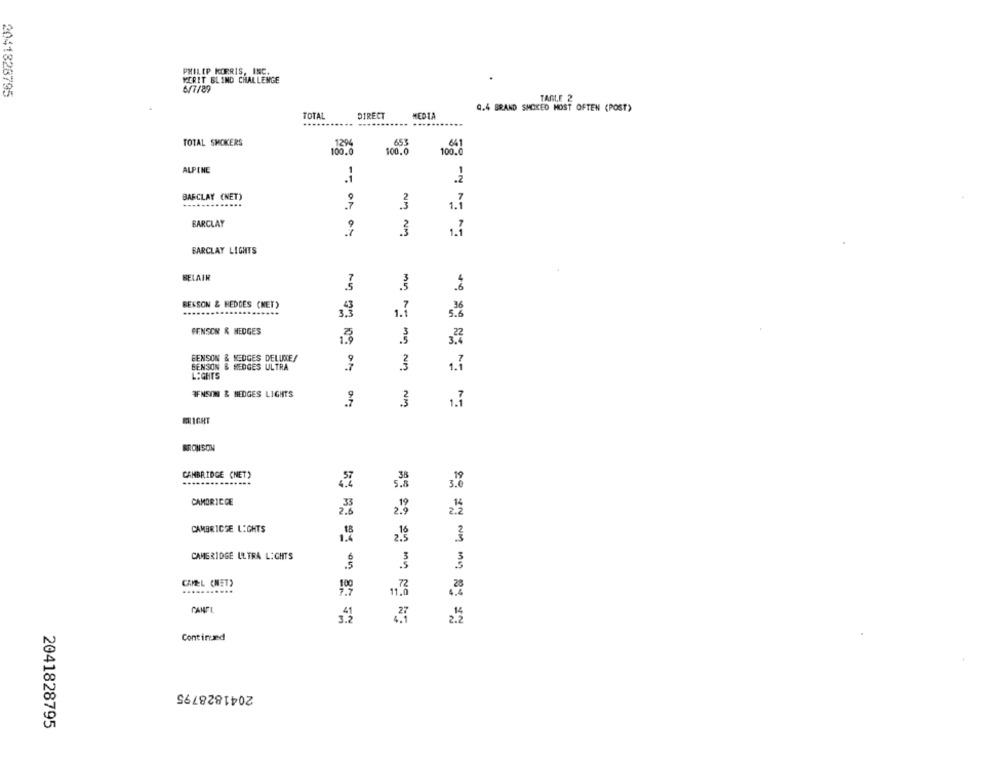
PHILIP KLERIS, INC.
MERIT BLIND CHALLENGE
6/7/89
2041828795
TABLE 2
TOTAL
Q.4 BRAND SMOKED MOST OFTEN (POST)
DIRECT
TOTAL SMOKERS
1294
653
641
100.0
100.0
100.0
ALPINE
.1
BARCLAY (NET)
.......
1.1
BARCLAY
3
1.7
BARCLAY LIGHTS
BELAIR
.5
Min
BESSON & HEDGES (NET)
1.
3.3
=
FENSON & HEDGES
1.8
mn
3.4
EENSON & HEDGES DELUXE!
BENSON
HEDGES ULTRA
1.7
LIGHTS
IFNSON & HEDGES LIGHTS
1.7
BRONSON
CAMBRIDGE (NET)
19
3.6
CAMBRIDGE
2.0
2.2
CAMBRIDGE LIGHTS
2.5
CAMERIDGE ULTRA LIGHTS
3
CAMEL (NET)
11.6
Continued
2041828795
2041828795